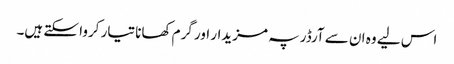
اس لیے وہ ان سے آرڈر پہ مزیدار اور گرم کھانا تیار کروا سکتے ہیں۔